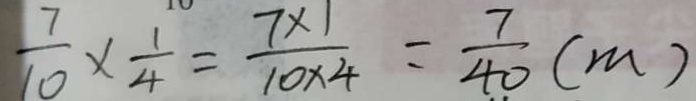
\frac { 7 } { 1 0 } \times \frac { 1 } { 4 } = \frac { 7 \times 1 } { 1 0 \times 4 } = \frac { 7 } { 4 0 } ( m )